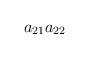
LaTeX: \begin{align*}a_{21} & a_{22}\end{align*}